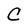
Character: C